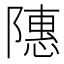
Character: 䧥